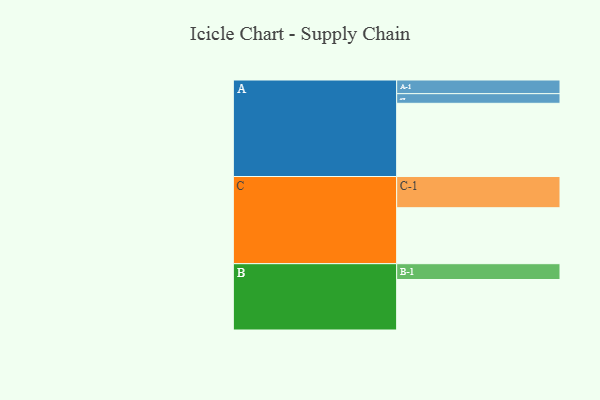
{"axis": {"x": "Segment", "y": "Value"}, "legend": ["", "A", "B", "C"], "data": [{"x": "A", "y": 509, "type": ""}, {"x": "B", "y": 351, "type": ""}, {"x": "C", "y": 389, "type": ""}, {"x": "A-1", "y": 95, "type": "A"}, {"x": "A-2", "y": 67, "type": "A"}, {"x": "B-1", "y": 110, "type": "B"}, {"x": "C-1", "y": 217, "type": "C"}]}